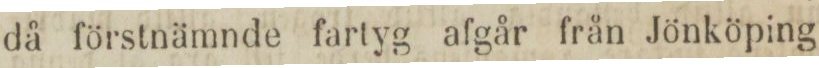
då förstnämnde fartyg afgår från Jönköping